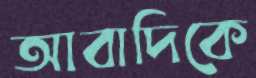
আবাদিকে